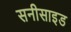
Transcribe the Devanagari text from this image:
सनीसाइड